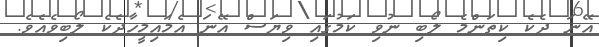
އޭނަ ދެކެ ކިތަންމެ ލޯބި ނުވި ކަމުގައި ވިޔަސް އޭނަ އެމައިމީހާދެކެ ލޯބިވެއެވެ.